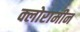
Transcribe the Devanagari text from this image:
क्लोरामीन